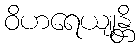
ဝိဟရေယျုန္တိ